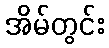
အိမ်တွင်း